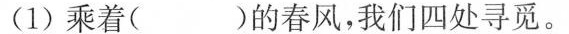
(1)乘着( )的春风，我们四处寻觅。